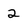
Character: 2